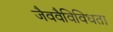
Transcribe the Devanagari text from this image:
जैववैविविधता